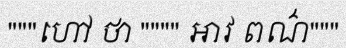
"""ហៅ ថា """" អាវ ពណ៌"""